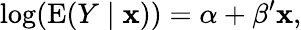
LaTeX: \log(\operatorname{E}(Y\mid\mathbf{x}))=\alpha+\mathbf{\beta}^{\prime}\mathbf{x},